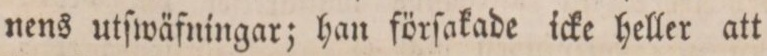
nens utſwäfningar; han förſakade icke heller att